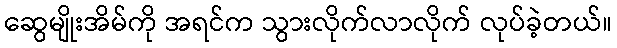
ဆွေမျိုးအိမ်ကို အရင်က သွားလိုက်လာလိုက် လုပ်ခဲ့တယ်။